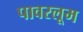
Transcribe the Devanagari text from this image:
पावरलूम